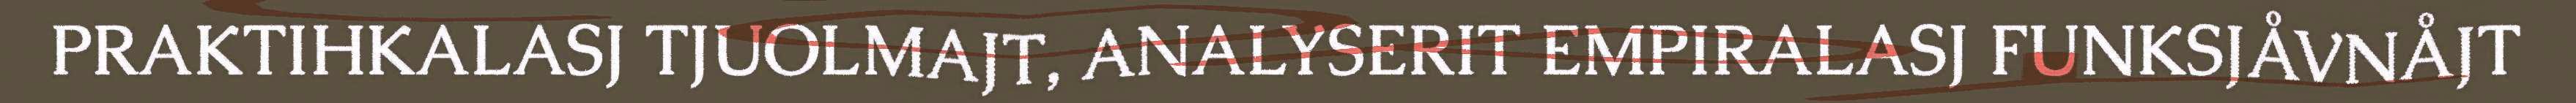
PRAKTIHKALASJ TJUOLMAJT, ANALYSERIT EMPIRALASJ FUNKSJÅVNÅJT